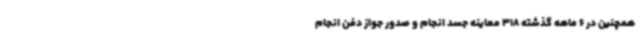
همچنین در 6 ماهه گذشته 318 معاینه جسد انجام و صدور جواز دفن انجام